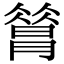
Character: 𣊦